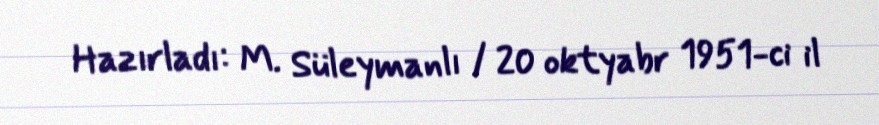
Hazırladı: M. Süleymanlı / 20 oktyabr 1951-ci il